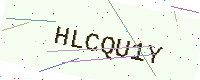
Text: HLCQU1Y